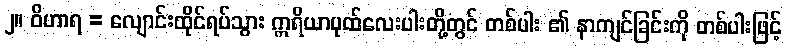
၂။ ဝိဟာရ = လျောင်းထိုင်ရပ်သွား ဣရိယာပုထ်လေးပါးတို့တွင် တစ်ပါး ၏ နာကျင်ခြင်းကို တစ်ပါးဖြင့်